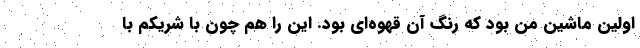
اولین ماشین من بود که رنگ آن قهوه‌ای بود. این را هم چون با شریکم با